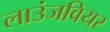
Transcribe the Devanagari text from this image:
लाउंजवियर